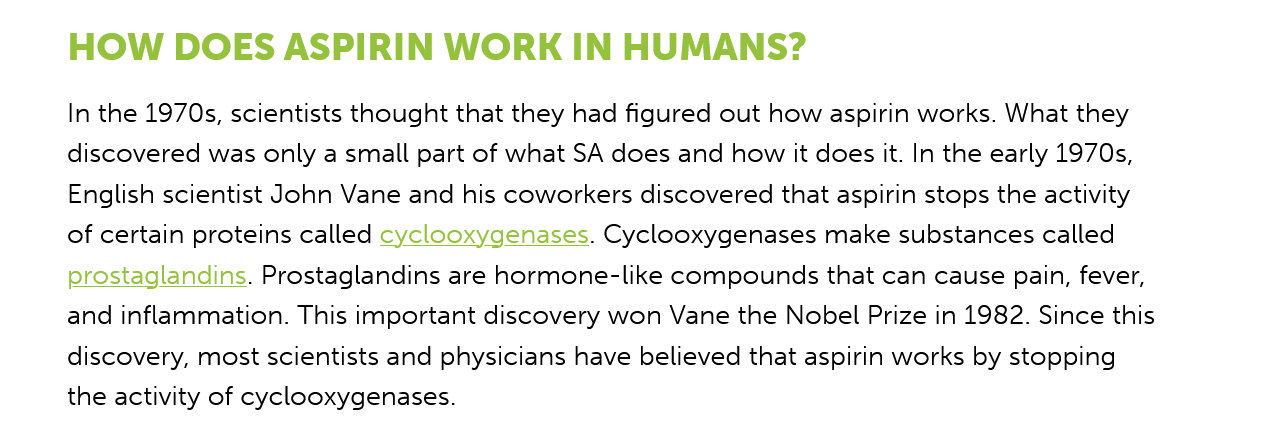
HOW    DOES    ASPIRIN    WORK    IN  HUMANS?
     In the 1970s, scientists thought that they had figured out how aspirin works. What they
     discovered was only a small part of what SA does and how it does it. In the early 1970s,
     English scientist John Vane and his coworkers discovered that aspirin stops the activity

     of certain proteins called cyclooxygenases. Cyclooxygenases make substances called
     prostaglandins. Prostaglandins are hormone-like compounds that can cause pain, fever,
     and inflammation. This important discovery won Vane the Nobel Prize in 1982. Since this

     discovery, most scientists and physicians have believed that aspirin works by stopping
     the activity of cyclooxygenases.